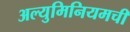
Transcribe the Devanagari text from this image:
अल्युमिनियमची